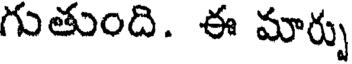
గుతుంది. ఈ మార్చు